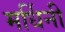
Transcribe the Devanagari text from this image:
मर्धिनी